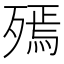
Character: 𣩙